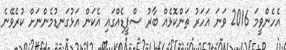
އެހެންވީމަ 2016 ވަނަ އަހަރު ތަންކޮޅެއް ބާރު ސްޕީޑެއްގައި އެކަން އަޅުގަނޑުމެންނަށް ކުރެވޭނެ